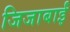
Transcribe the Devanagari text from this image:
जिजाबाईं